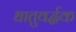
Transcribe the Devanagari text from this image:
धातुवर्द्धक